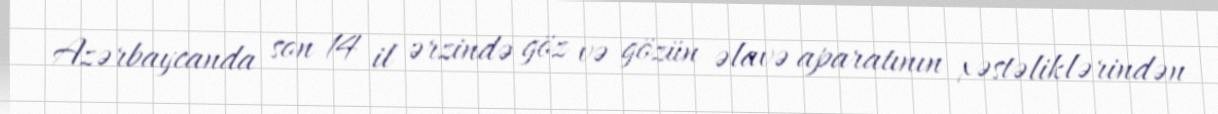
Azərbaycanda son 14 il ərzində göz və gözün əlavə aparatının xəstəliklərindən